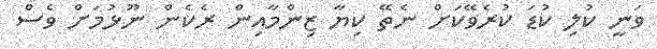
ވަނީ ކުލި ކުޑަ ކުރެވޭކަށް ނެތޭ ކިޔާ ޒިންމާއިން ރެކެން ނޫޅުމަށް ވެސް